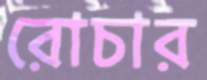
রোচার